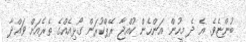
ބުންޏެވެ. އެ ދެ މީހުން އަންހެން ކުއްޖާ ރޭޕްކުރަން ގޯޅިއެއްގެ ތެރެއަށް ވައްދާ